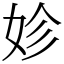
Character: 𡛧